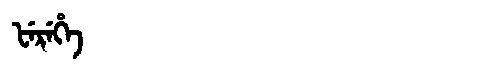
Manchu: ᡶᡝᡵᡝᡥᡝ
Romanization: FEREHE